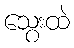
သွေးထဲ